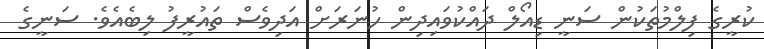
ކުރީގެ ފިލްމުތަކުން ސަނީ ޑިއޯލް ދައްކުވައިދިން ހުނަރަށް އަދިވެސް ތައުރީފު ލިބެއެވެ. ސަނީގެ